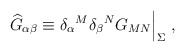
\begin{align*}{\widehat G}_{\alpha\beta}\equiv{\delta_\alpha}^M{\delta_\beta}^N G_{MN} \Big|_\Sigma~,\end{align*}